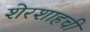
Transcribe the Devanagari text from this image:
शेरशाहची